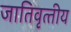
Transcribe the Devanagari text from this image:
जातिवृत्‍तीय